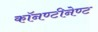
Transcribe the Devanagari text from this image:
काॅनण्टीनेण्ट